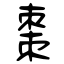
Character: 棗